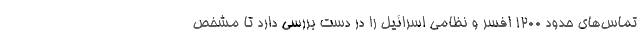
تماس‌های حدود ۱۲۰۰ افسر و نظامی اسرائیل را در دست بررسی دارد تا مشخص